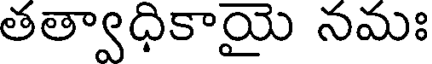
తత్వాధికాయై నమః